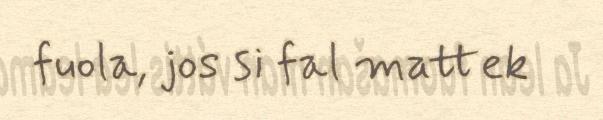
fuola, jos si fal mattek